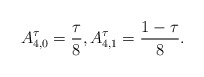
\begin{align*} A^\tau_{4,0} = \frac{\tau}{8} , A^\tau_{4,1} = \frac{1-\tau}{8} .\end{align*}